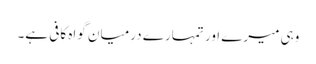
وہی میرے اور تمہارے درمیان گواہ کافی ہے۔